Report of the Municipal Commissioner on the plague in Bombay for the year ending 31st May... - Volume 3
Disease focus: Plague
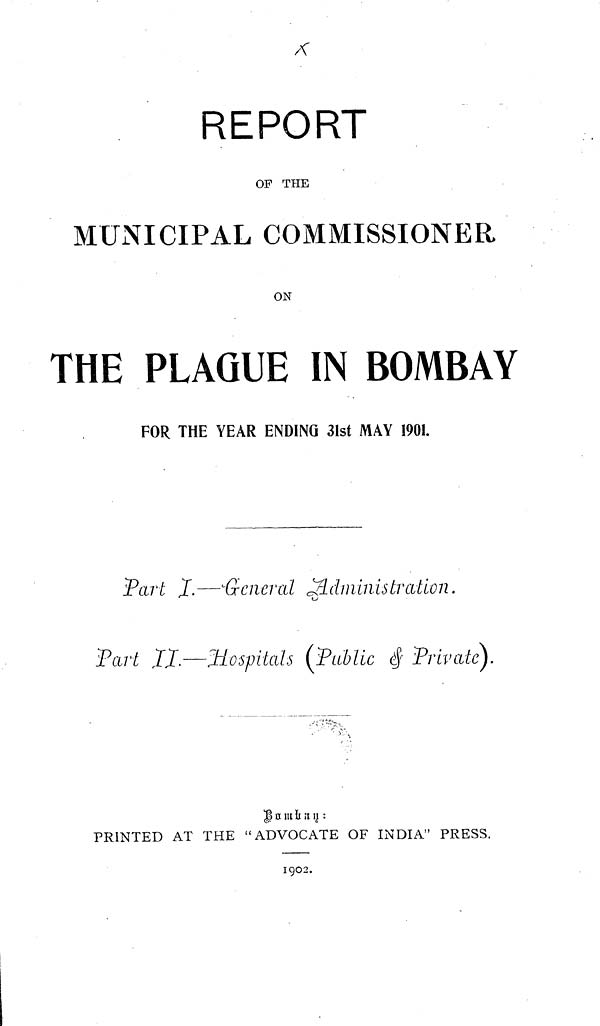
REPORT
OF THE
MUNICIPAL COMMISSIONER
ON
THE PLAGUE IN BOMBAY
FOR THE YEAR ENDING 31st MAY 1901.
Part I.—General Administration.
Part II.—Hospitals (Public & Private}.
Bombay:
PRINTED AT THE "ADVOCATE OF INDIA" PRESS.
1902.